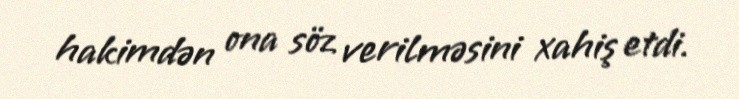
hakimdən ona söz verilməsini xahiş etdi.